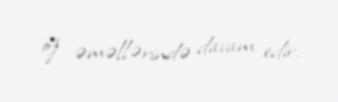
öz əməllərində davam edir.